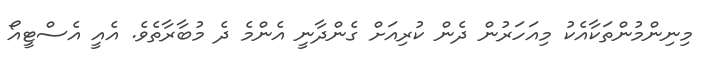
މިނިންމުންތަކާއެކު މިއަހަރުން ދެން ކުރިއަށް ގެންދާނީ އެންމެ ދެ މުބާރާތެވެ. އެެއީ އެސްޓީއޯ